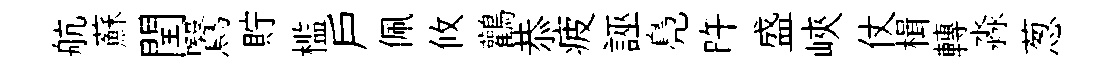
航蘇閏鷖貯槛户佩攸鸛恭疲誣鳧旿盛峽仗楫轉淼葱